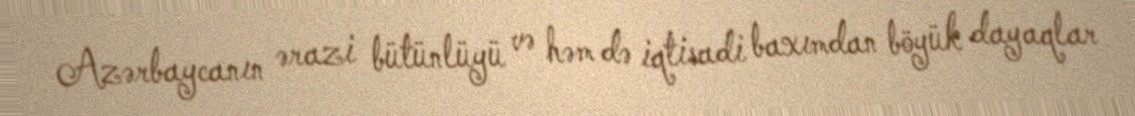
Azərbaycanın ərazi bütünlüyü və həm də iqtisadi baxımdan böyük dayaqlar